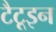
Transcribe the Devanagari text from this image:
टैटूइन